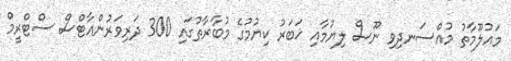
މައުލޫމާތު މުއްސަނދިވި ނޫސް ލިޔުމާއި ޚަބަރު ކިޔުމުގެ މުބާރާތުގައި 300 ދަރިވަރުންއާޓްސް ސްޓްރީމް